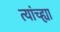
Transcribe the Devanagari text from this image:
त्यांच्ह्या